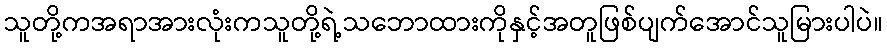
သူတို့ကအရာအားလုံးကသူတို့ရဲ့သဘောထားကိုနှင့်အတူဖြစ်ပျက်အောင်သူမြားပါပဲ။